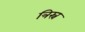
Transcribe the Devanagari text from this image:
त्रिस्न